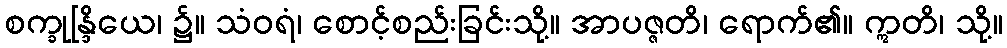
စက္ခုန္ဒြိယေ၊ ၌။ သံဝရံ၊ စောင့်စည်းခြင်းသို့။ အာပဇ္ဇတိ၊ ရောက်၏။ ဣတိ၊ သို့။